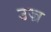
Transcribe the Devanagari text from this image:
उज्र